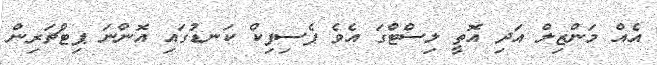
އެއް މަންޒިލް އަދި އޮތީ ލިސްޓްގަ އެވެ ޕެސިފިކް ކަނޑުގައި އޮންނަ ޕިޓްޗަރިން